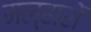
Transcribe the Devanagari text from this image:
मल्हारों